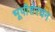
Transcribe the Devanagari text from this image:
भूपीशेरचन